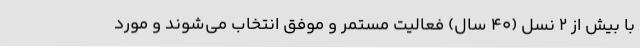
با بیش از ۲ نسل (۴۰ سال) فعالیت مستمر و موفق انتخاب می‌شوند و مورد